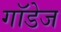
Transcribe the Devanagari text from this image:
गॉडेज